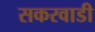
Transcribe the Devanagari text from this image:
सकरवाडी